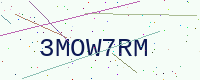
Text: 3MOW7RM